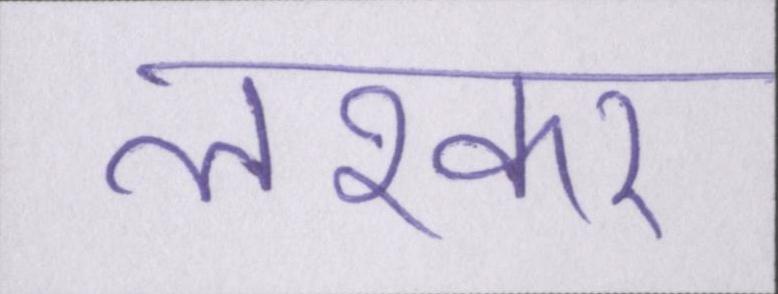
लश्कर